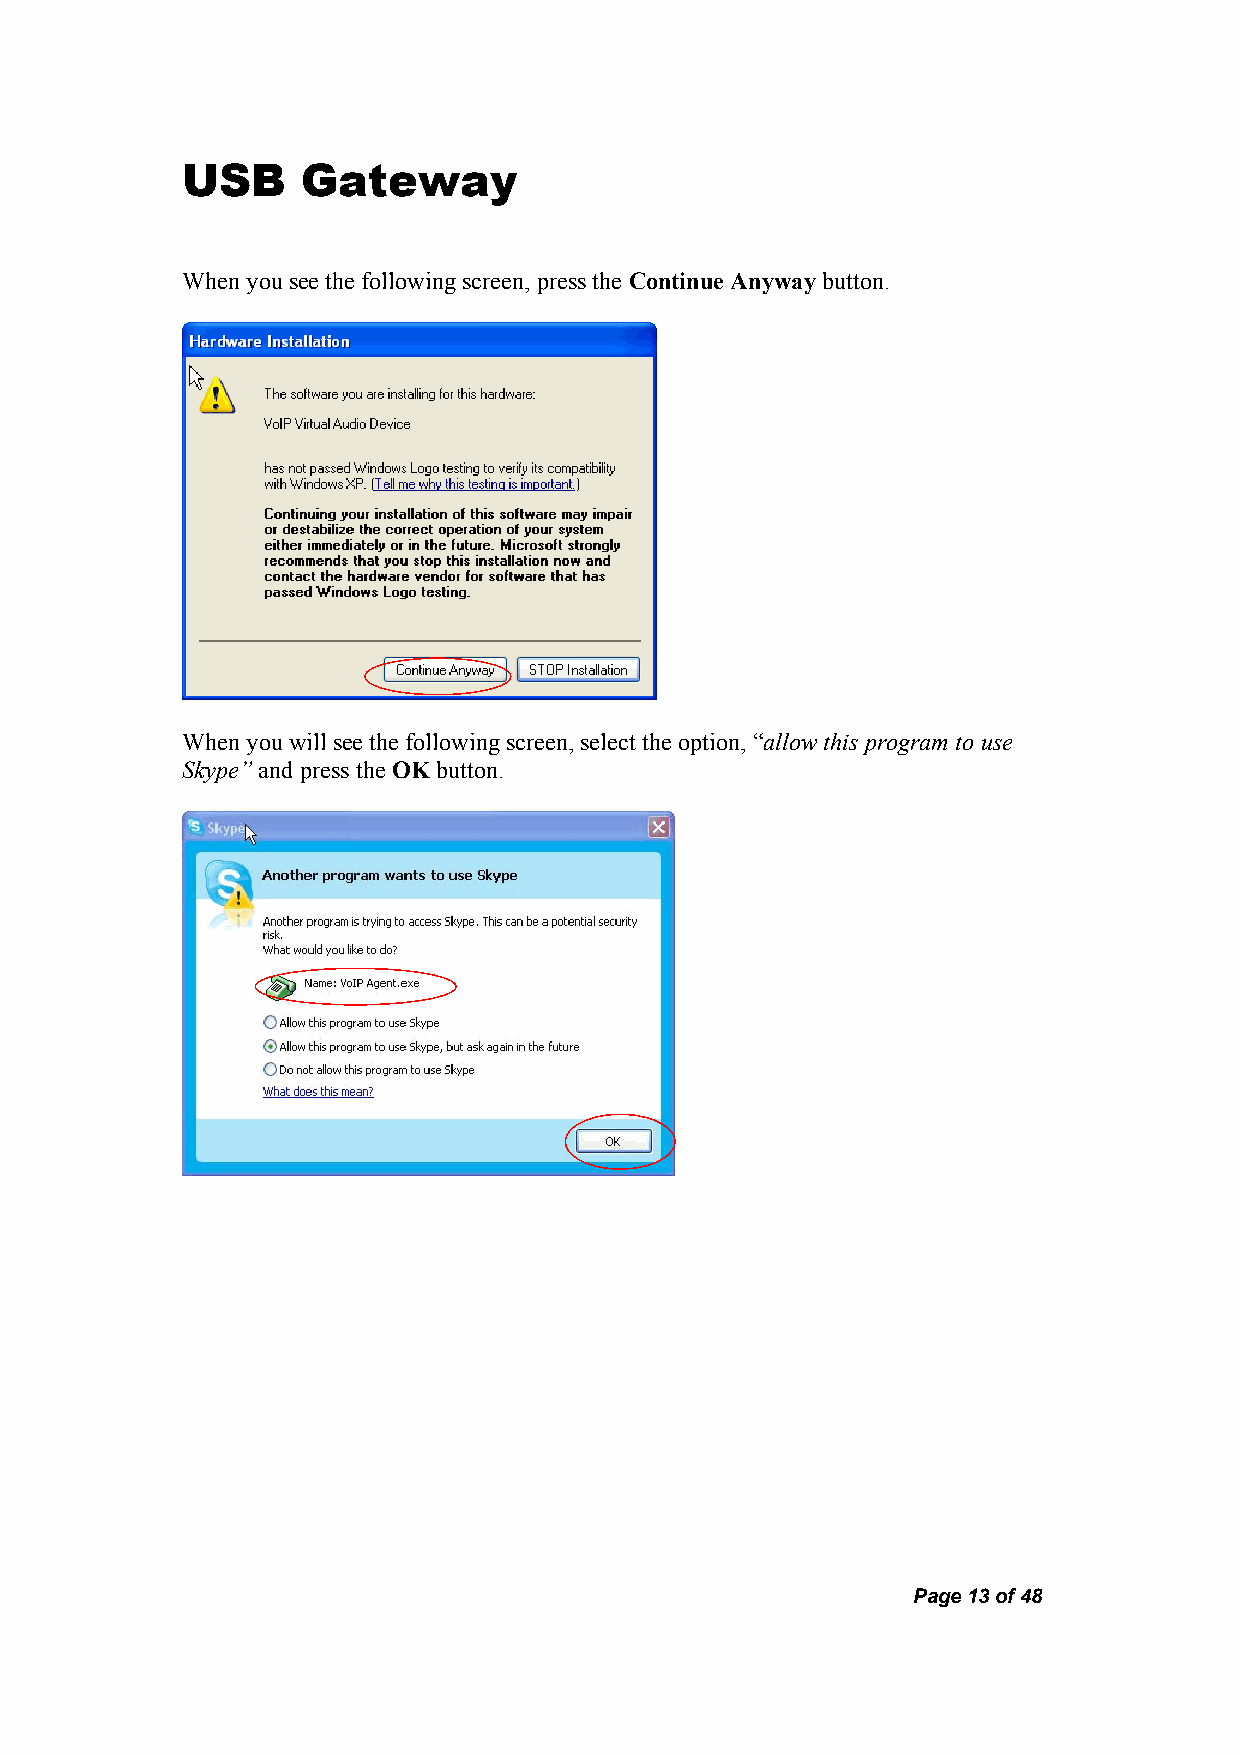
USB     Gateway
 When you see the following screen, press the Continue Anyway button.
 When you will see the following screen, select the option, “allow this program to use
 Skype” and press the OK button.
 Page 13 of 48